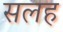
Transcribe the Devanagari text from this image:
सलह